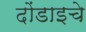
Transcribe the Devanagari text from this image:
दोंडाइचे